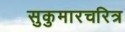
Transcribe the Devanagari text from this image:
सुकुमारचरित्र